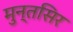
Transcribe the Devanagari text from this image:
मुन्तसिर